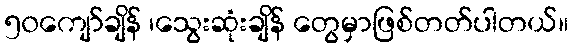
၅၀ကျော်ချိန် ၊သွေးဆုံးချိန် တွေမှာဖြစ်တတ်ပါတယ်။